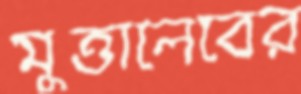
মুত্তালেবের